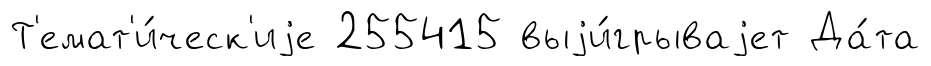
Т'емат'и́ческ'иjе 255415 выjи́грываjет Да́та